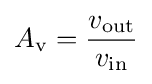
A_{\mathrm {v} }={v_{\text{out}} \over v_{\text{in}}}